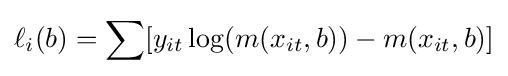
\ell _{i}(b)=\sum [y_{it}\log(m(x_{it},b))-m(x_{it},b)]